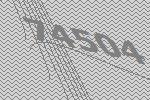
74504